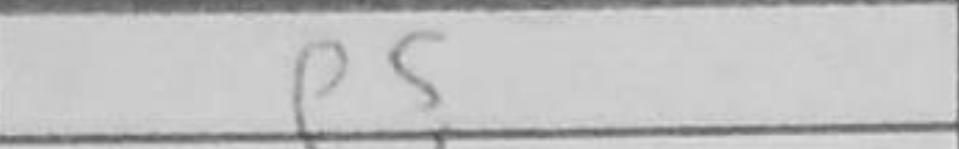
Transcription: e5